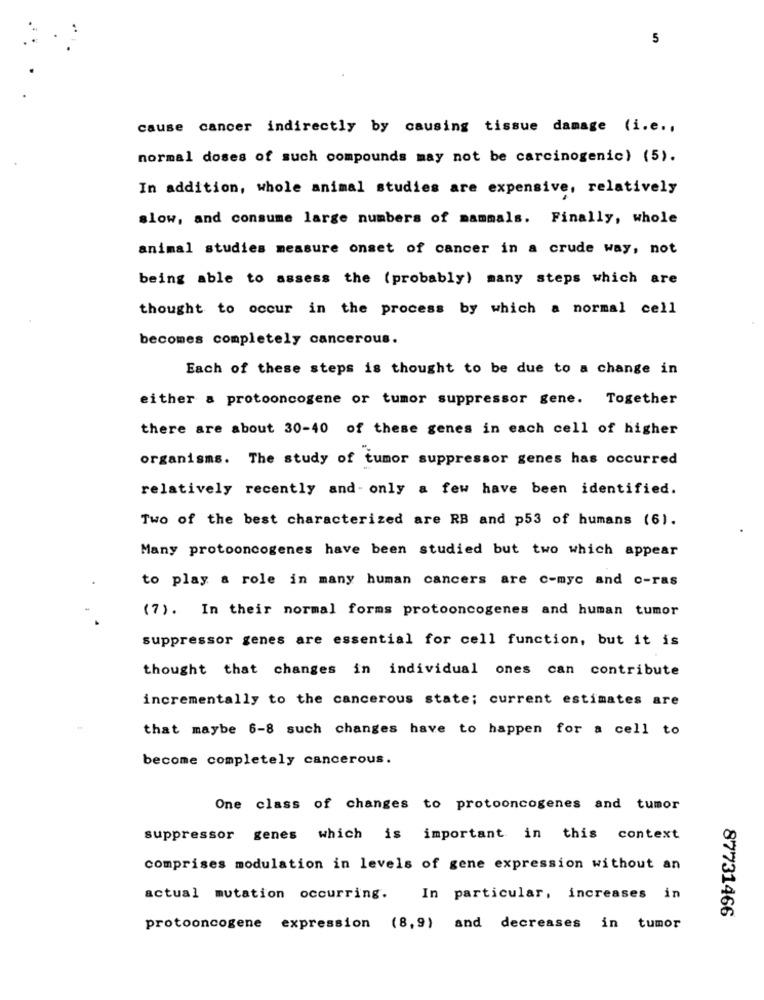
5
cause cancer indirectly by causing tissue damage (i.e .,
normal doses of such compounds may not be carcinogenic) (5).
In addition, whole animal studies are expensive, relatively
slow, and consume large numbers of mammals. Finally, whole
animal studies measure onset of cancer in a crude way, not
being able to assess the (probably) many steps which are
thought to occur in the process by which a normal cell
becomes completely cancerous.
Each of these steps is thought to be due to a change in
either a protooncogene or tumor suppressor gene. Together
there are about 30-40 of these genes in each cell of higher
organisms. The study of tumor suppressor genes has occurred
relatively recently and- only a few have been identified.
Two of the best characterized are RB and p53 of humans (6).
Many protooncogenes have been studied but two which appear
to play a role in many human cancers are c-myc and c-ras
(7). In their normal forms protooncogenes and human tumor
suppressor genes are essential for cell function, but it is
thought that changes in individual ones can contribute
incrementally to the cancerous state; current estimates are
that maybe 6-8 such changes have to happen for a cell to
become completely cancerous.
One class of changes to protooncogenes and tumor
suppressor genes which is important in this context
comprises modulation in levels of gene expression without an
actual mutation occurring. In particular, increases in
87731466
protooncogene expression (8,9) and decreases in tumor